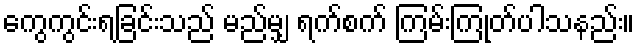
ကွေကွင်းရခြင်းသည် မည်မျှ ရက်စက် ကြမ်းကြုတ်ပါသနည်း။